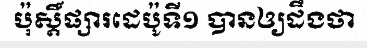
ប៉ុស្តិ៍ផ្សារដេប៉ូទី១ បានឲ្យដឹងថា